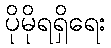
ပိုမိုရရှိရေး